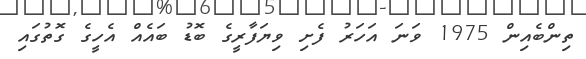
ތިންބެއިން 1975 ވަނަ އަހަރު ފެށި ވިޔަފާރީގެ ބޮޑު ބައެއް އެހީގެ ގޮތުގައި